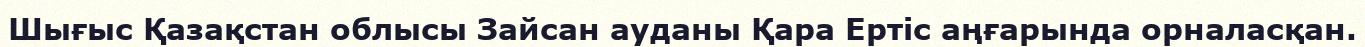
Шығыс Қазақстан облысы Зайсан ауданы Қара Ертіс аңғарында орналасқан.